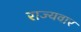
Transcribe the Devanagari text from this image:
राज्‍यवार